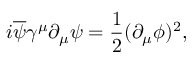
i \overline { { { \psi } } } \gamma ^ { \mu } \partial _ { \mu } \psi = \frac { 1 } { 2 } ( \partial _ { \mu } \phi ) ^ { 2 } ,